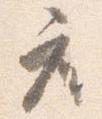
座